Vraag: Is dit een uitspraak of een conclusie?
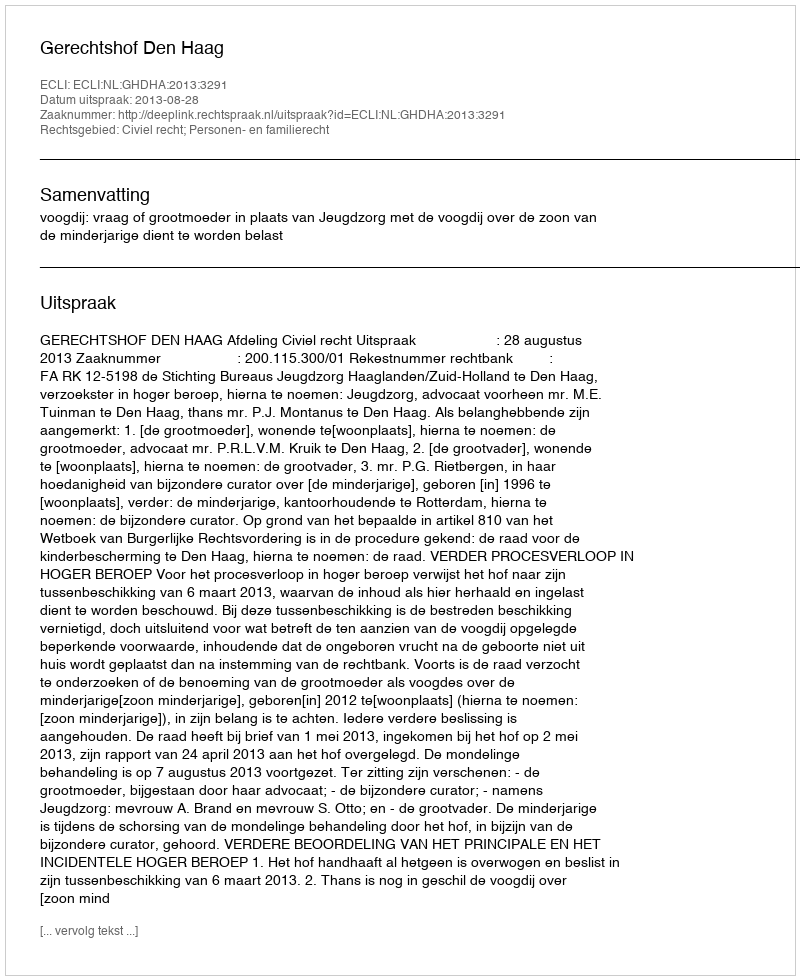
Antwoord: Uitspraak